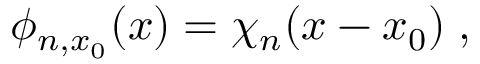
\phi _ { n , x _ { 0 } } ( x ) = \chi _ { n } ( x - x _ { 0 } ) \; ,